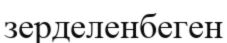
зерделенбеген